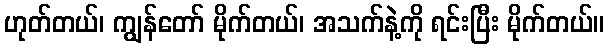
ဟုတ်တယ်၊ ကျွန်တော် မိုက်တယ်၊ အသက်နဲ့ကို ရင်းပြီး မိုက်တယ်။